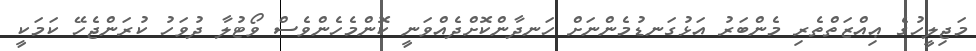
މަޖިލީހުގެ ޢިއްޒަތްތެރި މެންބަރު އަޅުގަނޑުމެންނަށް ހަނދާންކޮށްދެއްވަނީ ކޮންމެހެންވެސް ވޯޓުލާ ދުވަހު ކުރަންޖެހޭ ކަމަކީ